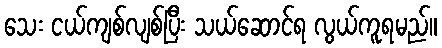
သေး ငယ်ကျစ်လျစ်ပြီး သယ်ဆောင်ရ လွယ်ကူရမည်။